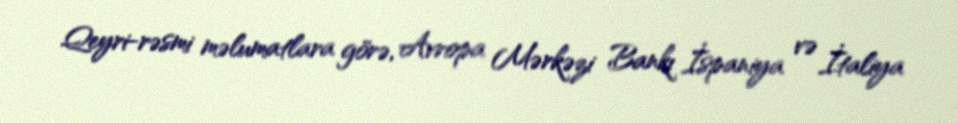
Qeyri-rəsmi məlumatlara görə, Avropa Mərkəzi Bankı İspaniya və İtaliya